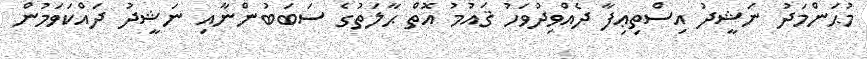
މުޙަންމަދު ނަޝީދު އިސްތިޢިފާ ދެއްވިދުވަހު ޤައުމު އޮތް ޙާލަތުގެ ސަބަބުންނާއި ނަޝީދު ދައްކަވަމުން